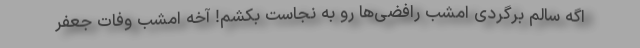
اگه سالم برگردی امشب رافضی‌ها رو به نجاست بکشم! آخه امشب وفات جعفر